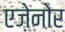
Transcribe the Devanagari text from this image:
एज़ेनोर